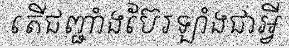
តើជញ្ជាំងប៊ែរឡាំងជាអ្វី